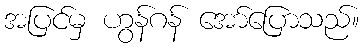
အပြင်မှ ဟွန်ဂန် အော်ပြောသည်။